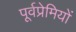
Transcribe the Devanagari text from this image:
पूर्वप्रेमियों